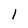
Character: l